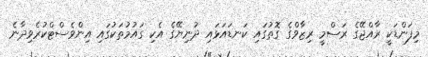
މިފަންޑަކީ ރާއްޖޭގެ ރަސްމީ ރިޒާވްގެ ގޮތުގައި ކަނޑައަޅައި ދުނިޔޭގެ އެކި ގައުމުތަކުގައި އިންވެސްޓްކުރެވިދާނެ